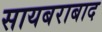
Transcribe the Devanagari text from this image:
सायबराबाद